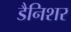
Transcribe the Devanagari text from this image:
डैनिशर